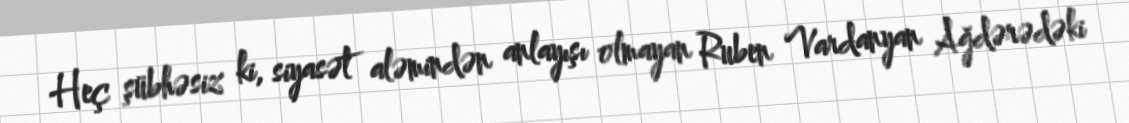
Heç şübhəsiz ki, siyasət aləmindən anlayışı olmayan Ruben Vardanyan Ağdərədəki